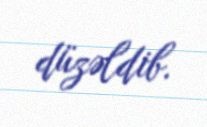
düzəldib.